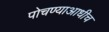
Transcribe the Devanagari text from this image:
पोचण्याआधीच